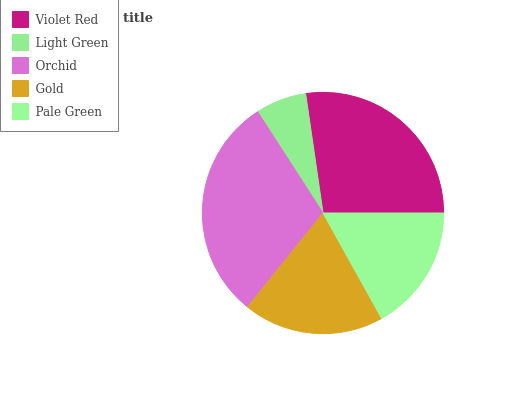
| Violet Red | Light Green | Orchid | Gold | Pale Green |
 | --- | --- | --- | --- | --- |
 | 27.3% | 6.84% | 30.1% | 18.8% | 16.9% |